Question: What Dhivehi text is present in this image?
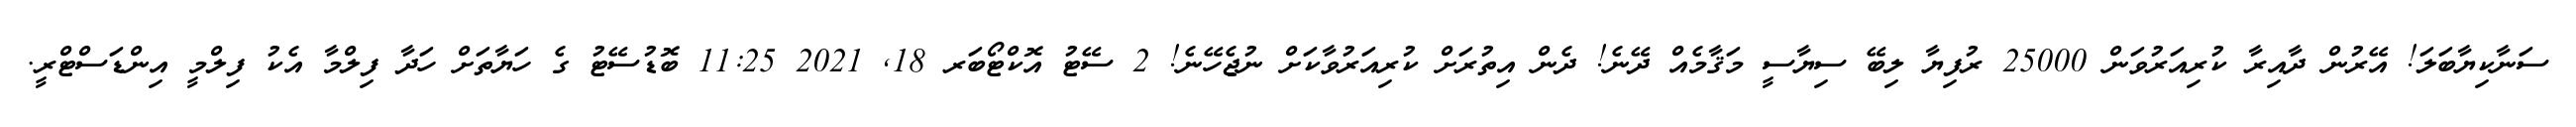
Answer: ސަނާކިޔާބަލަ! އޭރުން ދާއިރާ ކުރިއަރުވަން 25000 ރުފިޔާ ލިބޭ ސިޔާސީ މަޤާމެއް ދޭނެ! ދެން އިތުރަށް ކުރިއަރުވާކަށް ނުޖެހޭނެ! 2 ސޭޓު އޮކްޓޯބަރ 18, 2021 11:25 ބޮޑުސޭޓު ގެ ހަޔާތަށް ހަދާ ފިލްމާ އެކު ފިލްމީ އިންޑަސްޓްރީ.